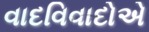
વાદવિવાદોએ